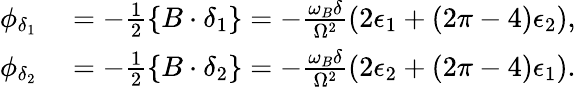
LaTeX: \begin{array}{rl}{\phi_{\delta_{1}}}&{{}=-\frac{1}{2}\{ B\cdot\delta_{1}\} =-\frac{\omega_{B}\delta}{\Omega^{2}}\left(2\epsilon_{1}+(2\pi-4)\epsilon_{2}\right),}\\ {\phi_{\delta_{2}}}&{{}=-\frac{1}{2}\{ B\cdot\delta_{2}\} =-\frac{\omega_{B}\delta}{\Omega^{2}}\left(2\epsilon_{2}+(2\pi-4)\epsilon_{1}\right).}\end{array}